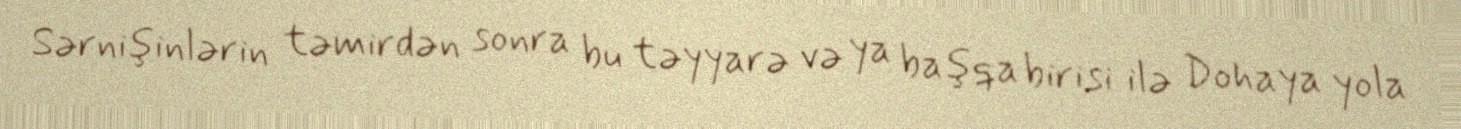
Sərnişinlərin təmirdən sonra bu təyyarə və ya başqa birisi ilə Dohaya yola